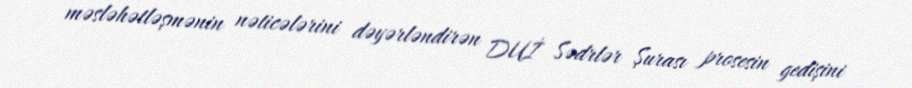
məsləhətləşmənin nəticələrini dəyərləndirən DUİ Sədrlər Şurası prosesin gedişini